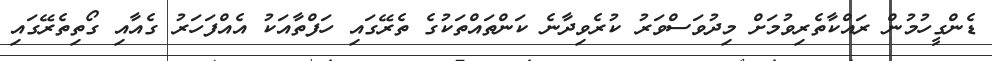
ޑެންގީހުމުން ރައްކާތެރިވުމަށް މިދުވަސްވަރު ކުރެވިދާނެ ކަންތައްތަކުގެ ތެރޭގައި ހަފްތާއަކު އެއްފަހަރު ގެއާއި ގޯތިތެރޭގައި